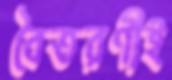
বৈতরণীই